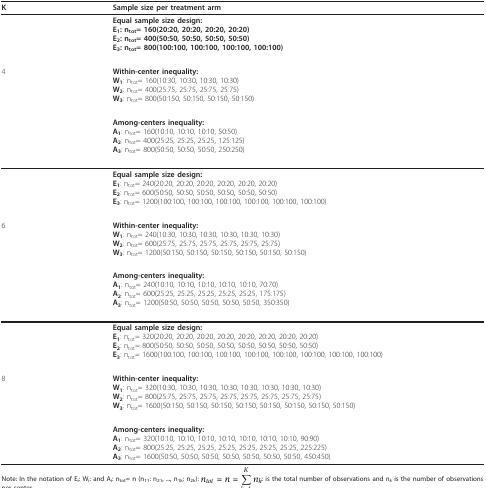
<table><thead><tr><td><b>K</b></td><td><b>Sample size per treatment arm</b></td></tr></thead><tbody><tr><td></td><td><b>Equal sample size design:</b><b>E<sub>1</sub></b>: n<sub>tot</sub>= 160(20:20, 20:20, 20:20, 20:20)<b>E<sub>2</sub></b>: n<sub>tot</sub>= 400(50:50, 50:50, 50:50, 50:50)<b>E<sub>3</sub></b>: n<sub>tot</sub>= 800(100:100, 100:100, 100:100, 100:100)</td></tr><tr><td>4</td><td><b>Within-center inequality:</b><b>W<sub>1</sub></b>: n<sub>tot</sub>= 160(10:30, 10:30, 10:30, 10:30)<b>W<sub>2</sub></b>: n<sub>tot</sub>= 400(25:75, 25:75, 25:75, 25:75)<b>W<sub>3</sub></b>: n<sub>tot</sub>= 800(50:150, 50:150, 50:150, 50:150)</td></tr><tr><td></td><td><b>Among-centers inequality:</b><b>A<sub>1</sub></b>: n<sub>tot</sub>= 160(10:10, 10:10, 10:10, 50:50)<b>A<sub>2</sub></b>: n<sub>tot</sub>= 400(25:25, 25:25, 25:25, 125:125)<b>A<sub>3</sub></b>: n<sub>tot</sub>= 800(50:50, 50:50, 50:50, 250:250)</td></tr><tr><td></td><td><b>Equal sample size design:</b><b>E<sub>1</sub></b>: n<sub>tot</sub>= 240(20:20, 20:20, 20:20, 20:20, 20:20, 20:20)<b>E<sub>2</sub></b>: n<sub>tot</sub>= 600(50:50, 50:50, 50:50, 50:50, 50:50, 50:50)<b>E<sub>3</sub></b>: n<sub>tot</sub>= 1200(100:100, 100:100, 100:100, 100:100, 100:100, 100:100)</td></tr><tr><td>6</td><td><b>Within-center inequality:</b><b>W<sub>1</sub></b>: n<sub>tot</sub>= 240(10:30, 10:30, 10:30, 10:30, 10:30, 10:30)<b>W<sub>2</sub></b>: n<sub>tot</sub>= 600(25:75, 25:75, 25:75, 25:75, 25:75, 25:75)<b>W<sub>3</sub></b>: n<sub>tot</sub>= 1200(50:150, 50:150, 50:150, 50:150, 50:150, 50:150)</td></tr><tr><td></td><td><b>Among-centers inequality:</b><b>A<sub>1</sub></b>: n<sub>tot</sub>= 240(10:10, 10:10, 10:10, 10:10, 10:10, 70:70)<b>A<sub>2</sub></b>: n<sub>tot</sub>= 600(25:25, 25:25, 25:25, 25:25, 25:25, 175:175)<b>A<sub>3</sub></b>: n<sub>tot</sub>= 1200(50:50, 50:50, 50:50, 50:50, 50:50, 350:350)</td></tr><tr><td></td><td><b>Equal sample size design:</b><b>E<sub>1</sub></b>: n<sub>tot</sub>= 320(20:20, 20:20, 20:20, 20:20, 20:20, 20:20, 20:20, 20:20)<b>E<sub>2</sub></b>: n<sub>tot</sub>= 800(50:50, 50:50, 50:50, 50:50, 50:50, 50:50, 50:50, 50:50)<b>E<sub>3</sub></b>: n<sub>tot</sub>= 1600(100:100, 100:100, 100:100, 100:100, 100:100, 100:100, 100:100, 100:100)</td></tr><tr><td>8</td><td><b>Within-center inequality:</b><b>W<sub>1</sub></b>: n<sub>tot</sub>= 320(10:30, 10:30, 10:30, 10:30, 10:30, 10:30, 10:30, 10:30)<b>W<sub>2</sub></b>: n<sub>tot</sub>= 800(25:75, 25:75, 25:75, 25:75, 25:75, 25:75, 25:75, 25:75)<b>W<sub>3</sub></b>: n<sub>tot</sub>= 1600(50:150, 50:150, 50:150, 50:150, 50:150, 50:150, 50:150, 50:150)</td></tr><tr><td></td><td><b>Among-centers inequality:</b><b>A<sub>1</sub></b>: n<sub>tot</sub>= 320(10:10, 10:10, 10:10, 10:10, 10:10, 10:10, 10:10, 90:90)<b>A<sub>2</sub></b>: n<sub>tot</sub>= 800(25:25, 25:25, 25:25, 25:25, 25:25, 25:25, 25:25, 225:225)<b>A<sub>3</sub></b>: n<sub>tot</sub>= 1600(50:50, 50:50, 50:50, 50:50, 50:50, 50:50, 50:50, 450:450)</td></tr></tbody></table>